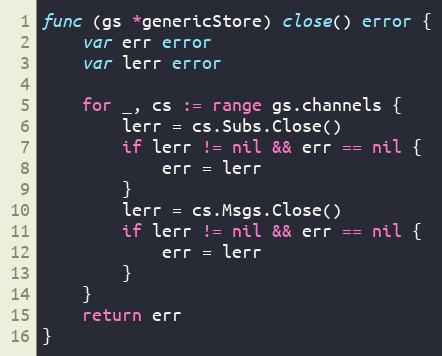
Language: Go
func (gs *genericStore) close() error {
	var err error
	var lerr error

	for _, cs := range gs.channels {
		lerr = cs.Subs.Close()
		if lerr != nil && err == nil {
			err = lerr
		}
		lerr = cs.Msgs.Close()
		if lerr != nil && err == nil {
			err = lerr
		}
	}
	return err
}